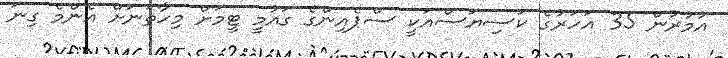
އުމުރުން 35 އަހަރުގެ ކަސިޔަސްއަކީ ސްޕެއިންގެ ގައުމީ ޓީމަށް މިހާތަނަށް އެންމެ ގިނަ